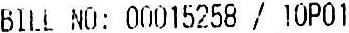
BILL NO: 00015258 / 10P01